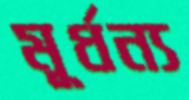
মূর্ধন্য